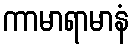
ကာမာရာမာနံ